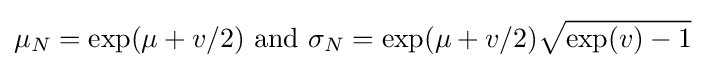
\mu _{N}=\exp(\mu +v/2){\text{ and }}\sigma _{N}=\exp(\mu +v/2){\sqrt {\exp(v)-1}}